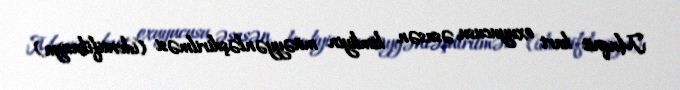
Maqnit kart oxuyucusu, əsasən kimliyin müəyyənləşdirilməsi (identifikasiya)